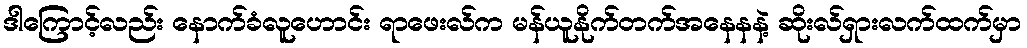
ဒါကြောင့်လည်း နောက်ခံလူဟောင်း ရာဖေးလ်က မန်ယူနိုက်တက်အနေနနဲ့ ဆိုးလ်ရှားလက်ထက်မှာ